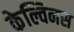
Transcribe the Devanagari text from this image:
केल्विनस